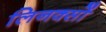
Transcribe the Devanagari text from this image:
लिनक्सों